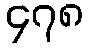
၄၇၈